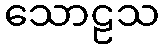
သောဠသ